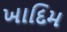
ખાદિમ